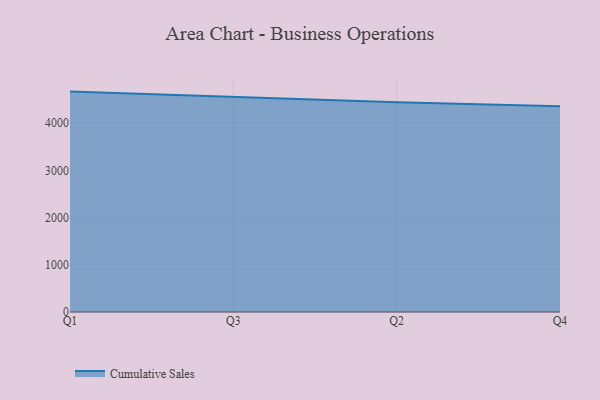
{"axis": {"x": "Quarter", "y": "Market Share (%)"}, "legend": ["Cumulative Sales"], "data": [{"x": "Q1", "y": 4670.1, "type": "Cumulative Sales"}, {"x": "Q3", "y": 4560.7, "type": "Cumulative Sales"}, {"x": "Q2", "y": 4446.3, "type": "Cumulative Sales"}, {"x": "Q4", "y": 4359.3, "type": "Cumulative Sales"}]}